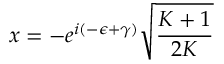
x = - e ^ { i ( - \epsilon + \gamma ) } \sqrt { \frac { K + 1 } { 2 K } }